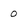
Character: 0